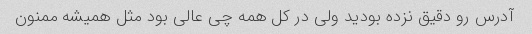
آدرس رو دقیق نزده بودید ولی در کل همه چی عالی بود مثل همیشه ممنون